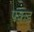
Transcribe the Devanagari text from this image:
पकड़़